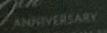
anniversary